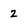
Character: 2